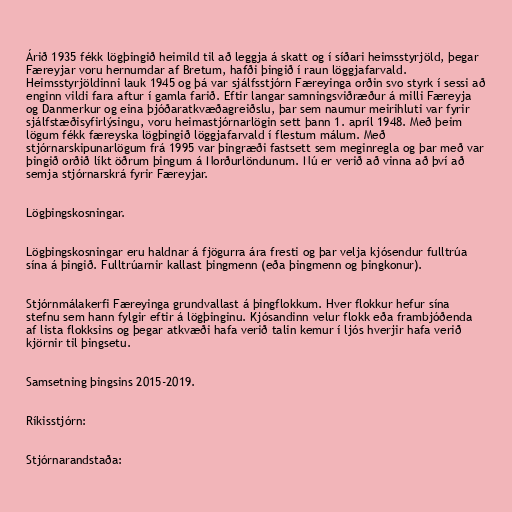
Árið 1935 fékk lögþingið heimild til að leggja á skatt og í síðari heimsstyrjöld, þegar
Færeyjar voru hernumdar af Bretum, hafði þingið í raun löggjafarvald.
Heimsstyrjöldinni lauk 1945 og þá var sjálfsstjórn Færeyinga orðin svo styrk í sessi að
enginn vildi fara aftur í gamla farið. Eftir langar samningsviðræður á milli Færeyja
og Danmerkur og eina þjóðaratkvæðagreiðslu, þar sem naumur meirihluti var fyrir
sjálfstæðisyfirlýsingu, voru heimastjórnarlögin sett þann 1. apríl 1948. Með þeim
lögum fékk færeyska lögþingið löggjafarvald í flestum málum. Með
stjórnarskipunarlögum frá 1995 var þingræði fastsett sem meginregla og þar með var
þingið orðið líkt öðrum þingum á Norðurlöndunum. Nú er verið að vinna að því að
semja stjórnarskrá fyrir Færeyjar.

Lögþingskosningar.

Lögþingskosningar eru haldnar á fjögurra ára fresti og þar velja kjósendur fulltrúa
sína á þingið. Fulltrúarnir kallast þingmenn (eða þingmenn og þingkonur).

Stjórnmálakerfi Færeyinga grundvallast á þingflokkum. Hver flokkur hefur sína
stefnu sem hann fylgir eftir á lögþinginu. Kjósandinn velur flokk eða frambjóðenda
af lista flokksins og þegar atkvæði hafa verið talin kemur í ljós hverjir hafa verið
kjörnir til þingsetu.

Samsetning þingsins 2015-2019.

Ríkisstjórn:

Stjórnarandstaða: